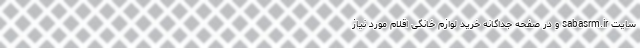
سایت sabasrm.ir و در صفحه جداگانه خرید لوازم خانگی اقلام مورد نیاز